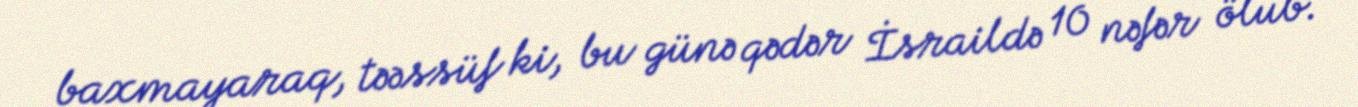
baxmayaraq, təəssüf ki, bu günə qədər İsraildə 10 nəfər ölub.